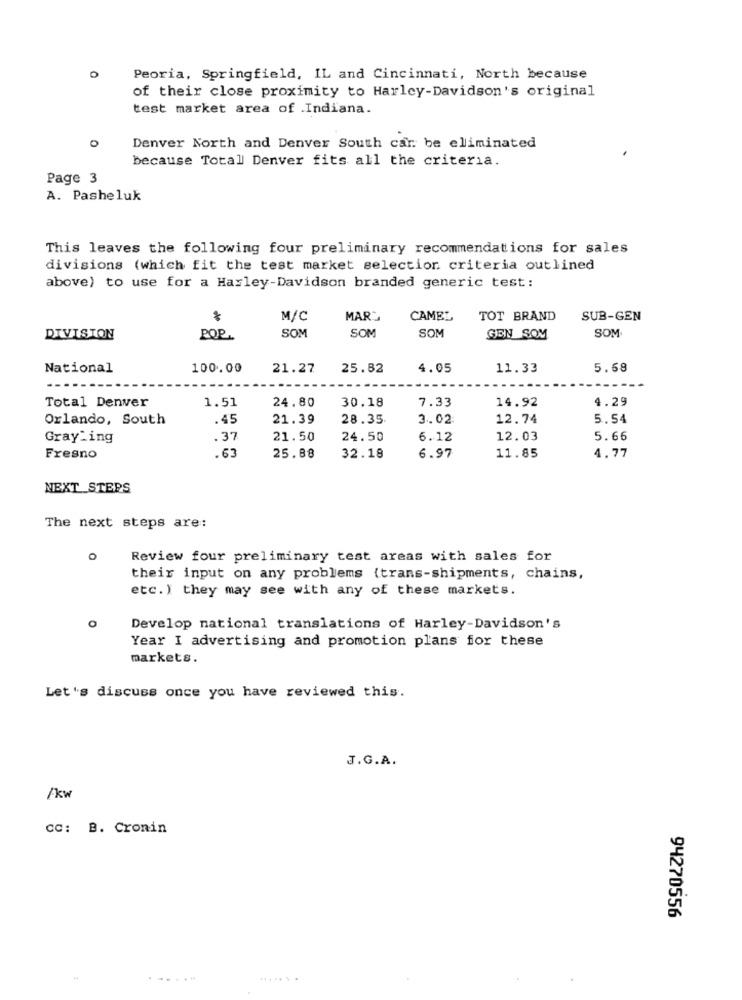
Peoria, Springfield, IL and Cincinnati, North because
of their close proximity to Harley-Davidson's original
test market area of .Indiana.
0
Denver North and Denver South car. be eliminated
because Total Denver fits all the criteria.
Page 3
A. Pasheluk
This leaves the following four preliminary recommendations for sales
divisions (which fit the test market selection criteria outlined
above) to use for a Harley-Davidson branded generic test:
M/C
MARC
CAMEL
TOT BRAND
SUB-GEN
SOM
SOM
DIVISION
POR
SOM
GEN SOM
SOM
National
100.00
21.27
25.82
4.05
11.33
5.58
1.51
30.18
7.33
14.92
4.29
Total Denver
24.80
Orlando, South
.45
21.39
28.35
3.02
12.74
5.54
Grayling
.37
21.50
24.50
6.12
12.03
5.66
.63
11.85
Fresno
25.88
32.18
6.97
4.77
NEXT STEPS
The next steps are:
Review four preliminary test areas with sales for
their input on any problems (trans-shipments, chains,
etc. ) they may see with any of these markets.
Develop national translations of Harley-Davidson's
Year I advertising and promotion plans for these
markets.
Let's discuss once you have reviewed this.
J.G.A.
/kw
CC: B. Cronin
94270556
......